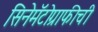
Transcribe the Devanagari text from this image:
सिनेमॅटोग्राफीची